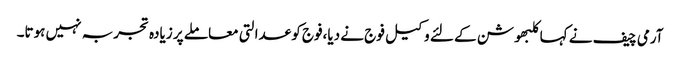
آرمی چیف نے کہاکلبھوشن کے لئے وکیل فوج نے دیا،فوج کو عدالتی معاملے پر زیادہ تجربہ نہیں ہوتا۔